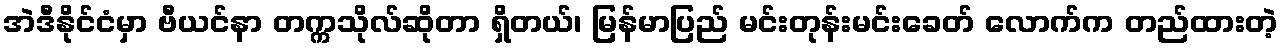
အဲဒီနိုင်ငံမှာ ဗီယင်နာ တက္ကသိုလ်ဆိုတာ ရှိတယ်၊ မြန်မာပြည် မင်းတုန်းမင်းခေတ် လောက်က တည်ထားတဲ့